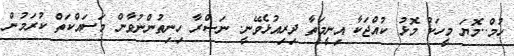
ހުމް..މޮޔަ މީހަކު މޮޅު ކުއްޖަކާ އިނީމަތާ ދިރިއުޅެވޭނީ. ނަޞްރާ ހިނިތުންނުވާން މަސައްކަތް ކުރަމުން